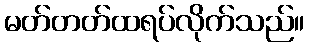
မတ်တတ်ထရပ်လိုက်သည်။